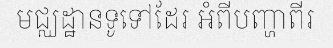
មជ្ឈដ្ឋានទូទៅដែរ អំពីបញ្ហាពីរ